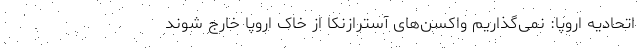
اتحادیه اروپا: نمی‌گذاریم واکسن‌های آسترازنکا از خاک اروپا خارج شوند